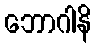
ဘောဂါနိ